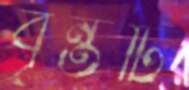
বৃন্তটি